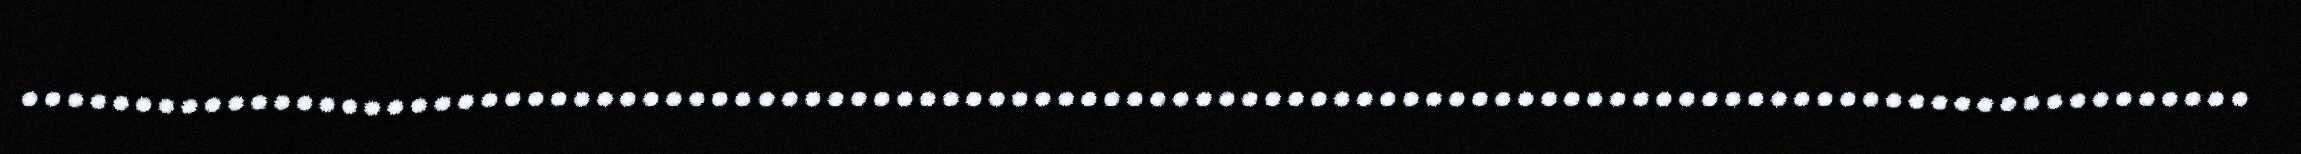
.................................................................................................